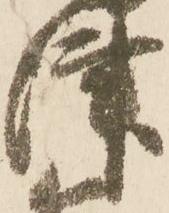
津